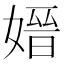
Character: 𡠂